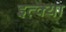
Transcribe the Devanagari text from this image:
इत्क्या